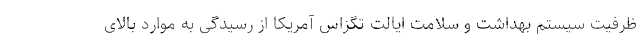
ظرفیت سیستم بهداشت و سلامت ایالت تگزاس آمریکا از رسیدگی به موارد بالای